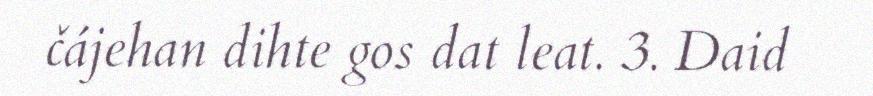
čájehan dihte gos dat leat. 3. Daid